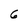
Character: 6